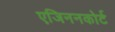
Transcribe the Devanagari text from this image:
एजिननकोर्ट